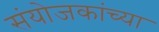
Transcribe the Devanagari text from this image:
संयोजकांच्या